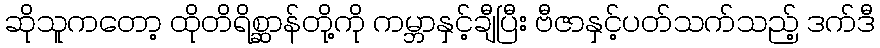
ဆိုသူကတော့ ထိုတိရိစ္ဆာန်တို့ကို ကမ္ဘာနှင့်ချီပြီး ဗီဇာနှင့်ပတ်သက်သည့် ဒက်ဒီ